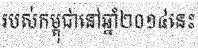
របស់កម្ពុជានៅឆ្នាំ២០១៤នេះ